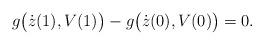
LaTeX: \begin{align*}g\big(\dot z(1),V(1)\big)-g\big(\dot z(0),V(0)\big)=0.\end{align*}